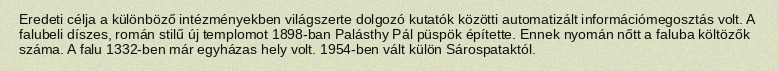
Eredeti célja a különböző intézményekben világszerte dolgozó kutatók közötti automatizált információmegosztás volt. A falubeli díszes, román stilű új templomot 1898-ban Palásthy Pál püspök építette. Ennek nyomán nőtt a faluba költözők száma. A falu 1332-ben már egyházas hely volt. 1954-ben vált külön Sárospataktól.